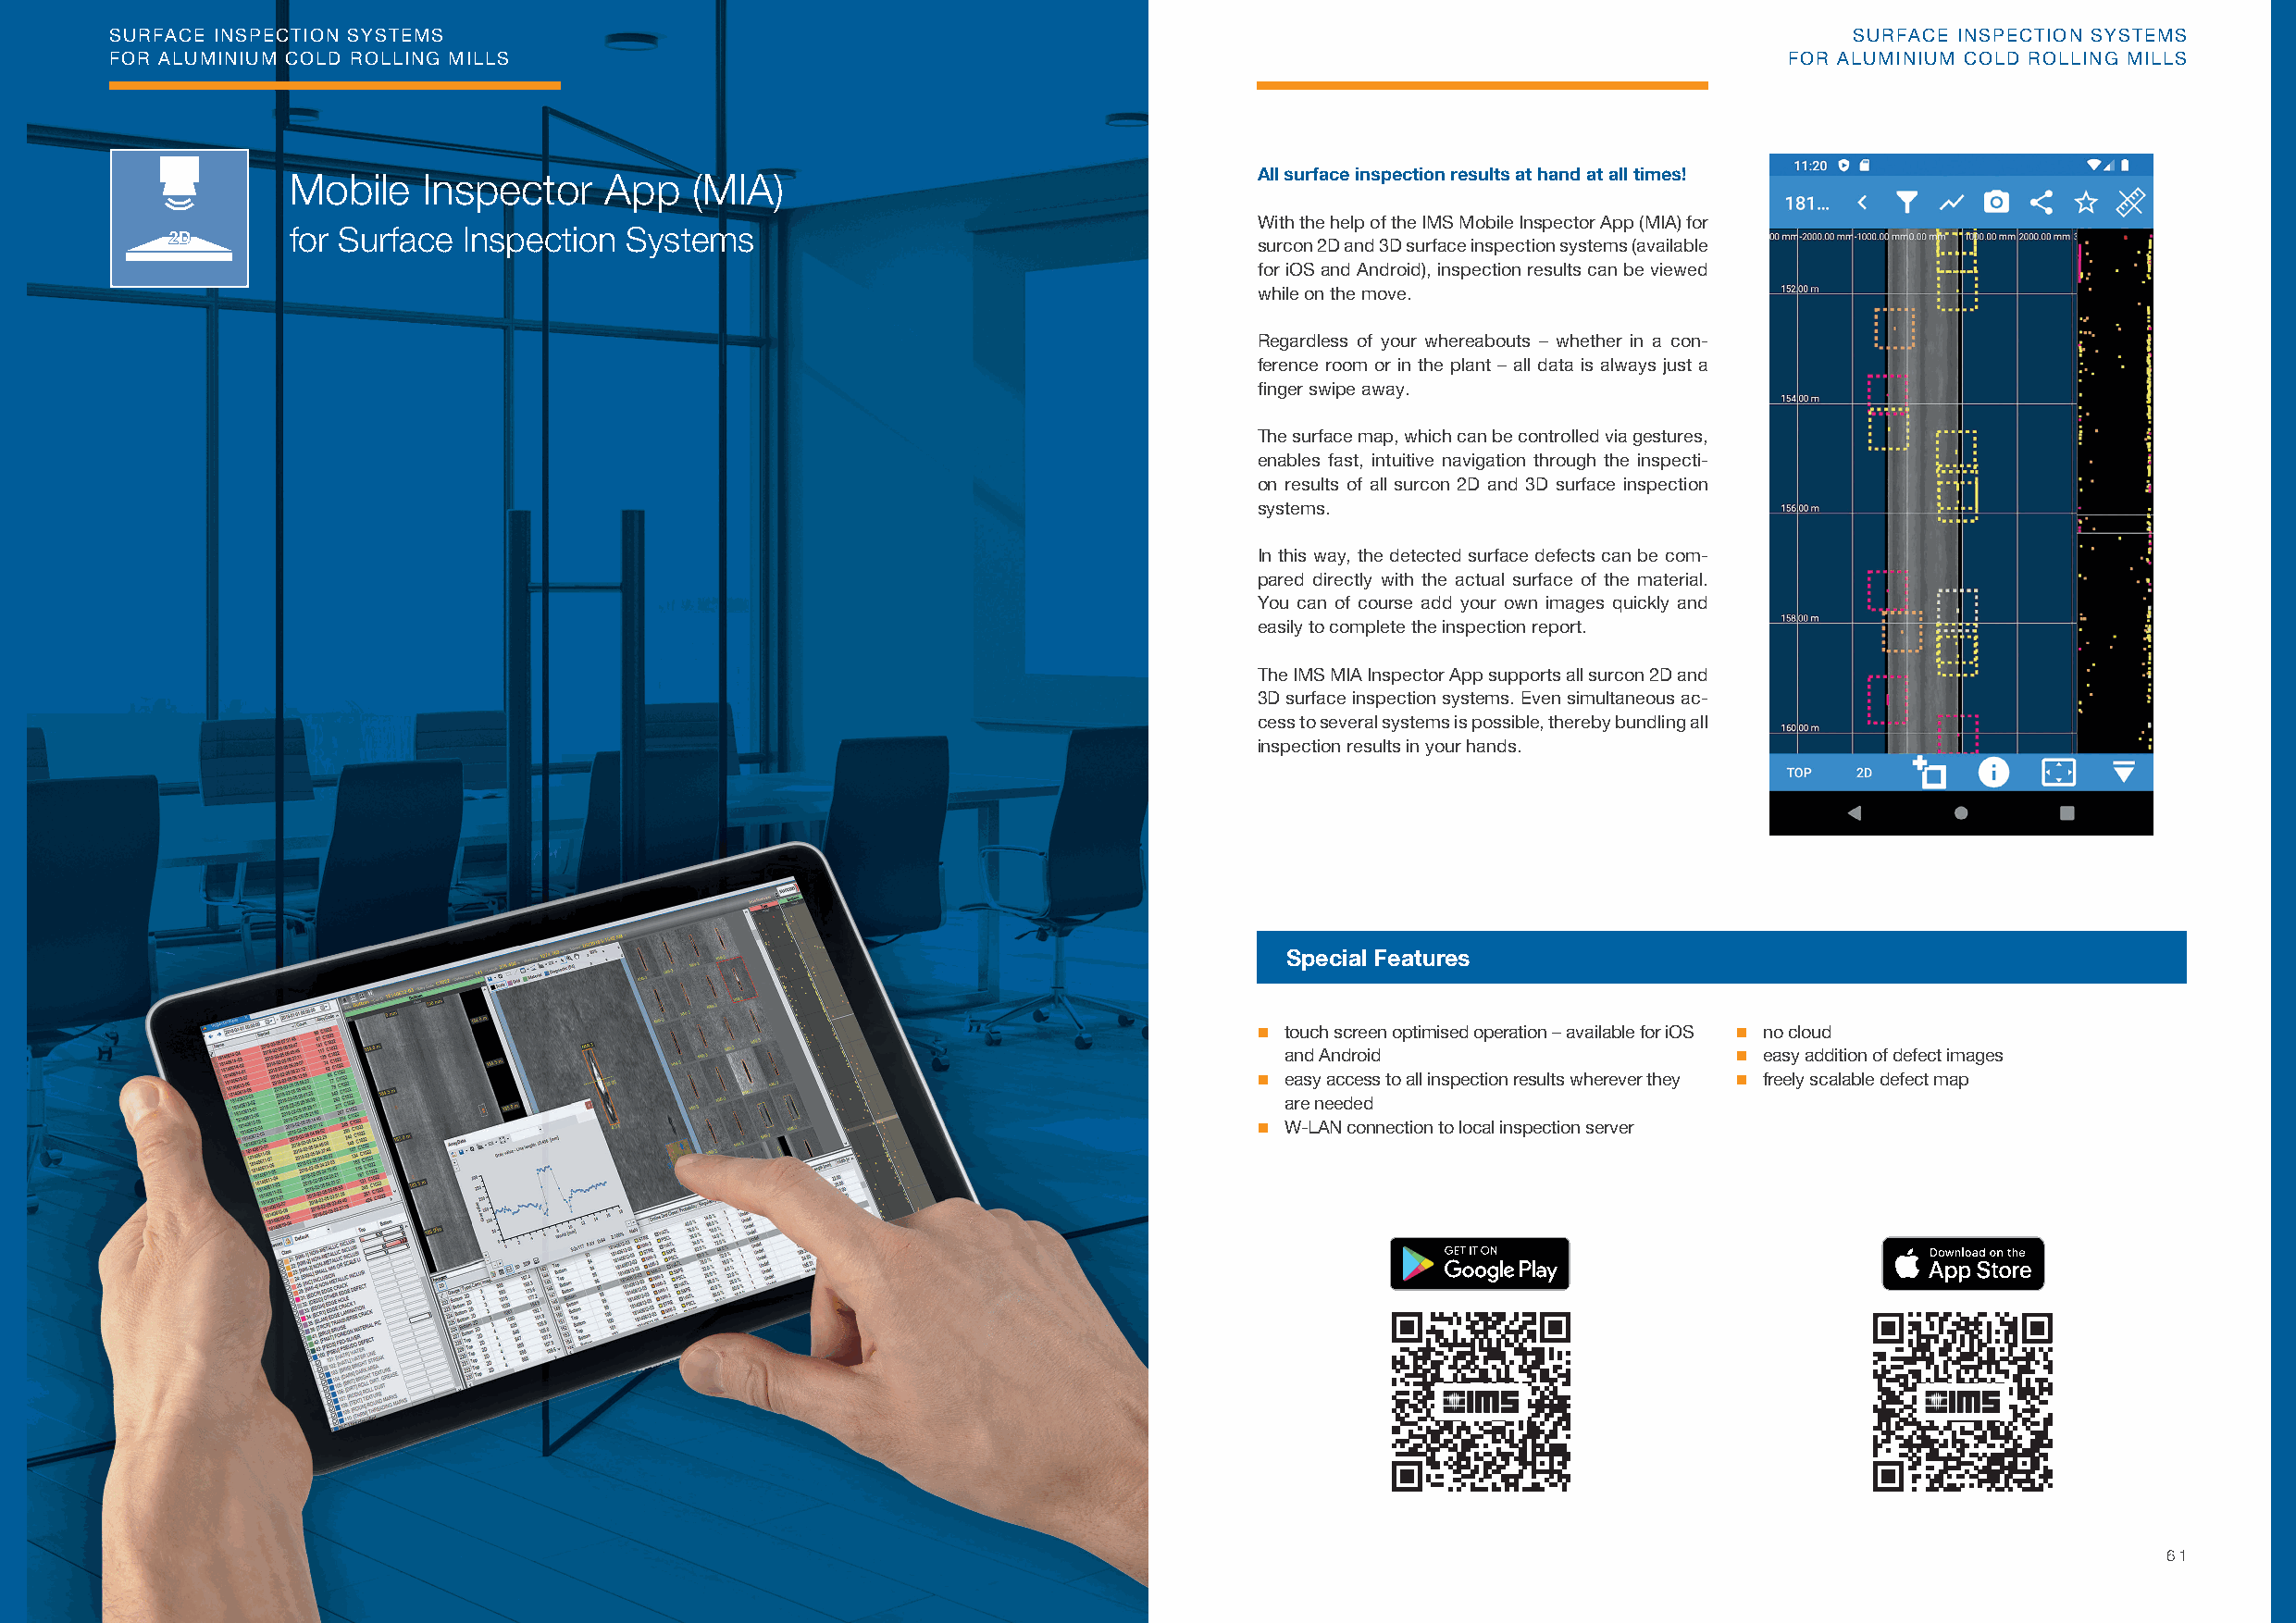
SURFACE INSPECTION SYSTEMS                                                                                                   SURFACE INSPECTION SYSTEMS
 FOR ALUMINIUM COLD ROLLING MILLS                                                                                        FOR ALUMINIUM COLD ROLLING MILLS
 Mobile   Inspector    App   (MIA)                                    All surface inspection results at hand at all times!
 With the help of the IMS Mobile Inspector App (MIA) for
 for Surface Inspection  Systems
 surcon 2D and 3D surface inspection systems (available
 for iOS and Android), inspection results can be viewed
 while on the move.
 Regardless of your whereabouts – whether in a con-
 ference room or in the plant – all data is always just a
 fi nger swipe away.
 The surface map, which can be controlled via gestures,
 enables fast, intuitive navigation through the inspecti-
 on results of all surcon 2D and 3D surface inspection
 systems.
 In this way, the detected surface defects can be com-
 pared directly with the actual surface of the material.
 You can of course add your own images quickly and
 easily to complete the inspection report.
 The IMS MIA Inspector App supports all surcon 2D and
 3D surface inspection systems. Even simultaneous ac-
 cess to several systems is possible, thereby bundling all
 inspection results in your hands.
 Special Features
  touch screen optimised operation – available for iOS  no cloud
 and Android                      easy addition of defect images
  easy access to all inspection results wherever they  freely scalable defect map
 are needed
  W-LAN connection to local inspection server
 6600                                                                                                                                               61